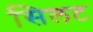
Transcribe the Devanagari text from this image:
सिलट